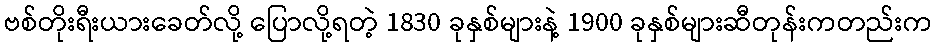
ဗစ်တိုးရီးယားခေတ်လို့ ပြောလို့ရတဲ့ 1830 ခုနှစ်များနဲ့ 1900 ခုနှစ်များဆီတုန်းကတည်းက